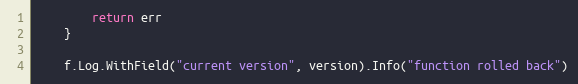
Language: Go
		return err
	}

	f.Log.WithField("current version", version).Info("function rolled back")